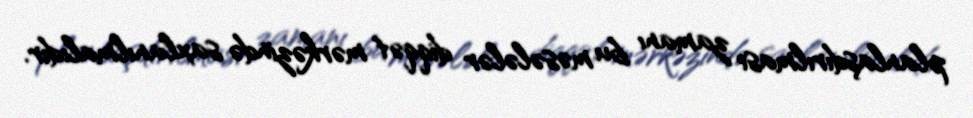
planlaşdırılması zamanı bu məsələlər diqqət mərkəzində saxlanılmalıdır.